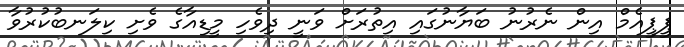
ޕީޕީއެމް އިން ނެރުނު ބަޔާނުގައި އިތުރަށް ވަނީ ދިވެހި މީޑިއާގެ ވެށި ކިލަނބުކުރުވާ